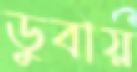
ডুবায়